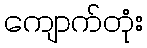
ကျောက်တုံး